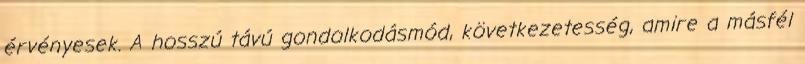
érvényesek. A hosszú távú gondolkodásmód, következetesség, amire a másfél